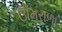
ઊમરાળા